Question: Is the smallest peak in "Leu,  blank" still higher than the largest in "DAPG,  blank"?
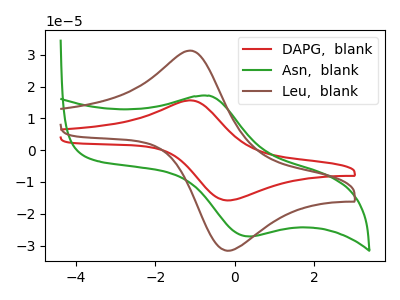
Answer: <think>The red curve "DAPG,  blank" has an anodic peak at (-1.15V, 15.65uA) and a cathodic peak at (-0.20V, -15.80uA). The green curve "Asn,  blank" has an anodic peak at (-0.65V, 17.10uA) and a cathodic peak at (0.35V, -27.15uA). The brown curve "Leu,  blank" has an anodic peak at (-1.15V, 31.25uA) and a cathodic peak at (-0.20V, -31.65uA).</think>
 <answer>Every peak in "Leu,  blank" is higher than every peak in "DAPG,  blank".</answer>
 <eval>higher</eval>